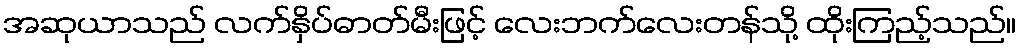
အဆုယာသည် လက်နှိပ်ဓာတ်မီးဖြင့် လေးဘက်လေးတန်သို့ ထိုးကြည့်သည်။